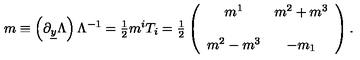
m \equiv \left( \partial _ { \underline { { y } } } \Lambda \right) \Lambda ^ { - 1 } = { \textstyle \frac { 1 } { 2 } } m ^ { i } T _ { i } = { \textstyle \frac { 1 } { 2 } } \left( \begin{array} { c c } { m ^ { 1 } } & { m ^ { 2 } + m ^ { 3 } } \\ { } & { } \\ { m ^ { 2 } - m ^ { 3 } } & { - m _ { 1 } } \\ \end{array} \right) .